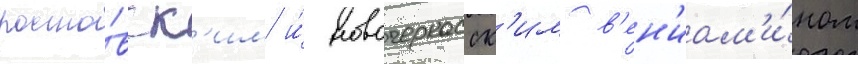
росто́вск'им и́ новочеркасск'им в'ен'иам'и́ном